Insane asylums in Bengal annual reports 1867-1875 - 1867-1875
Year: 1867
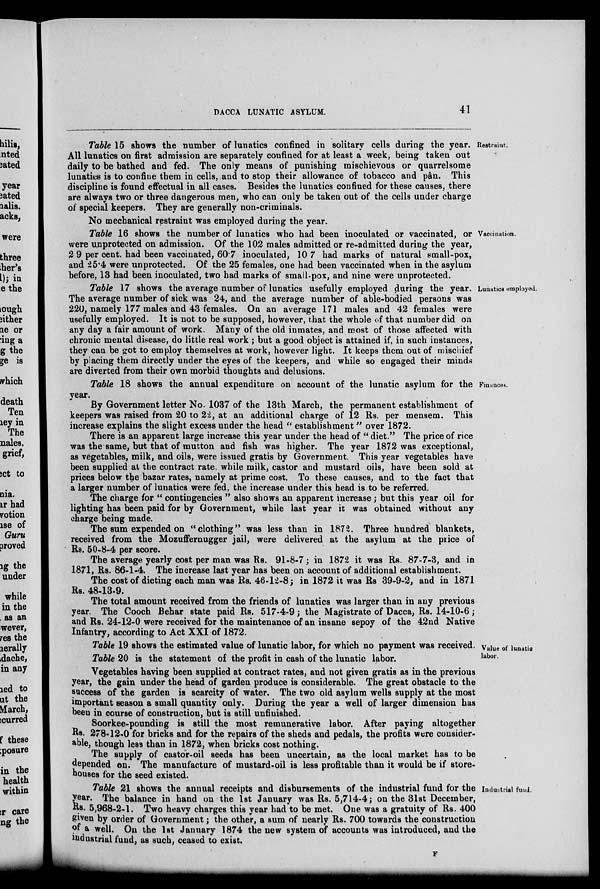
DACCA LUNATIC ASYLUM.
41
Restraint.
Table 15 shows the number of lunatics confined in solitary cells during the year.
All lunatics on first admission are separately confined for at least a week, being taken out
daily to be bathed and fed. The only means of punishing mischievous or quarrelsome
lunatics is to confine them in cells,. and to stop their allowance of tobacco and pân. This
discipline is found effectual in all cases. Besides the lunatics confined for these causes, there
are always two or three dangerous men, who can only be taken out of the cells under charge
of special keepers. They are generally non-criminals.
No mechanical restraint was employed during the year.
Vaccination.
Table l6 shows the number of lunatics who had been inoculated or vaccinated, or
were unprotected on admission. Of the 102 males admitted or re-admitted during the year,
2 9 per cent. had been vaccinated, 60.7 inoculated, 10.7 had marks of natural small-pox,
and 25.4 were unprotected. Of the 25 females, one had been vaccinated when in the asylum
before, 13 had been inoculated, two had marks of small-pox, and nine were unprotected.
Lunatics employed.
Table 17 shows the average number of lunatics usefully employed during the year.
The average number of sick was 24, and the average number of able-bodied persons was
220, namely 177 males and 43 females. On an average 171 males and 42 females were
usefully employed. It is not to be supposed, however, that the whole of that number did on
any day a fair amount of work. Many of the old inmates, and most of those affected with
chronic mental disease, do little real work ; but a good object is attained if, in such instances,
they can be got to employ themselves at work, however light. It keeps them out of mischief
by placing them directly under the eyes of the keepers, and while so engaged their minds
are diverted from their own morbid thoughts and delusions.
Finances.
Table 18 shows the annual expenditure on account of the lunatic asylum for the
year.
By Government letter No. 1037 of the 13th March, the permanent establishment of
keepers was raised from 20 to 22, at an additional charge of 12 Rs. per mensem. This
increase explains the slight excess under the head " establishment" over 1872.
There is an apparent large increase this year under the head of " diet." The price of rice
was the same, but that of mutton and fish was higher. The year 1872 was exceptional,
as vegetables, milk, and oils, were issued gratis by Government. This year vegetables have
been supplied at the contract rate, while milk, castor and mustard oils, have been sold at
prices below the bazar rates, namely at prime cost. To these causes, and to the fact that
a larger number of lunatics were fed, the increase under this head is to be referred.
The charge for " contingencies " also shows an apparent increase; but this year oil for
lighting has been paid for by Government, while last year it was obtained without any
charge being made.
The sum expended on "clothing" was less than in 1872. Three hundred blankets,
received from the Mozuffernugger jail, were delivered at the asylum at the price of
Rs. 50-8-4 per score.
The average yearly cost per man was Rs. 91-8-7; in 1872 it was Rs. 87-7-3, and in
1871, Rs. 86-1-4. The increase last year has been on account of additional establishment.
The cost of dieting each man was Rs. 46-12-8; in 1872 it was Rs 39-9-2, and in 1871
Rs. 48-13-9.
The total amount received from the friends of lunatics was larger than in any previous
year. The Cooch Behar state paid Rs. 517-4-9; the Magistrate of Dacca, Rs. 14-10-6 ;
and Rs. 24-12-0 were received for the maintenance of an insane sepoy of the 42nd Native
Infantry, according to Act XXI of 1872.
Value of lunatic
labor.
Table 19 shows the estimated value of lunatic labor, for which no payment was received.
Table 20 is the statement of the profit in cash of the lunatic labor.
Vegetables having been supplied at contract rates, and not given gratis as in the previous
year, the gain under the head of garden produce is considerable. The great obstacle to the
success of the garden is scarcity of water. The two old asylum wells supply at the most
important season a small quantity only. During the year a well of larger dimension has
been in course of construction, but is still unfinished.
Soorkee-pounding is still the most remunerative labor. After paying altogether
Rs. 278-12-0 for bricks and for the repairs of the sheds and pedals, the profits were consider-
able, though less than in 1872, when bricks cost nothing.
The supply of castor-oil seeds has been uncertain, as the local market has to be
depended on. The manufacture of mustard-oil is less profitable than it would be if store-
houses for the seed existed.
Industrial fund.
Table 21 shows the annual receipts and disbursements of the industrial fund for the
year. The balance in hand on the 1st January was Rs. 5,714-4; on the 31st December,
Rs. 5,968-2-1. Two heavy charges this year had to be met. One was a gratuity of Rs. 400
given by order of Government; the other, a sum of nearly Rs. 700 towards the construction
of a well. On the 1st January 1874 the new system of accounts was introduced, and the
industrial fund, as such, ceased to exist.
F